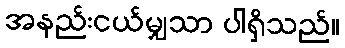
အနည်းငယ်မျှသာ ပါရှိသည်။